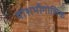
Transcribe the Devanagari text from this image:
वांशभौगोलिक